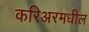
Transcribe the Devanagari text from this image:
करिअरमधील